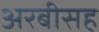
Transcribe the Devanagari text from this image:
अरबीसह